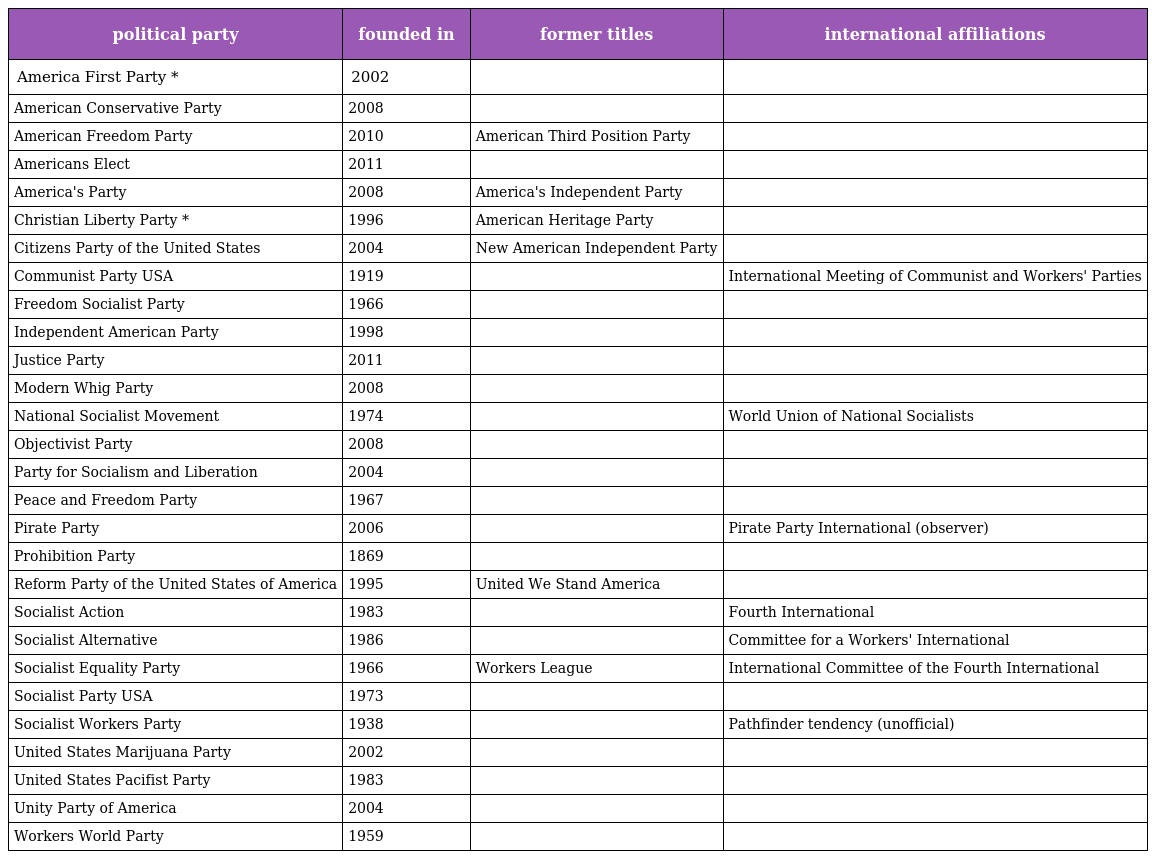
| political party | founded in | former titles | international affiliations |
 | --- | --- | --- | --- |
 | America First Party * | 2002 |  |  |
 | American Conservative Party | 2008 |  |  |
 | American Freedom Party | 2010 | American Third Position Party |  |
 | Americans Elect | 2011 |  |  |
 | America's Party | 2008 | America's Independent Party |  |
 | Christian Liberty Party * | 1996 | American Heritage Party |  |
 | Citizens Party of the United States | 2004 | New American Independent Party |  |
 | Communist Party USA | 1919 |  | International Meeting of Communist and Workers' Parties |
 | Freedom Socialist Party | 1966 |  |  |
 | Independent American Party | 1998 |  |  |
 | Justice Party | 2011 |  |  |
 | Modern Whig Party | 2008 |  |  |
 | National Socialist Movement | 1974 |  | World Union of National Socialists |
 | Objectivist Party | 2008 |  |  |
 | Party for Socialism and Liberation | 2004 |  |  |
 | Peace and Freedom Party | 1967 |  |  |
 | Pirate Party | 2006 |  | Pirate Party International (observer) |
 | Prohibition Party | 1869 |  |  |
 | Reform Party of the United States of America | 1995 | United We Stand America |  |
 | Socialist Action | 1983 |  | Fourth International |
 | Socialist Alternative | 1986 |  | Committee for a Workers' International |
 | Socialist Equality Party | 1966 | Workers League | International Committee of the Fourth International |
 | Socialist Party USA | 1973 |  |  |
 | Socialist Workers Party | 1938 |  | Pathfinder tendency (unofficial) |
 | United States Marijuana Party | 2002 |  |  |
 | United States Pacifist Party | 1983 |  |  |
 | Unity Party of America | 2004 |  |  |
 | Workers World Party | 1959 |  |  |